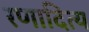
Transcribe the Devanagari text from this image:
रणादित्य